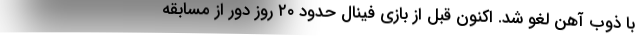
با ذوب آهن لغو شد. اکنون قبل از بازی فینال حدود ۲۰ روز دور از مسابقه